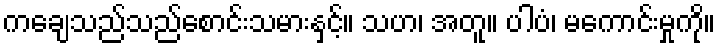
ကချေသည်သည်စောင်းသမားနှင့်။ သဟ၊ အတူ။ ပါပံ၊ မကောင်းမှုကို။